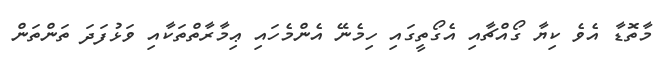
މާތޮޑާ އެވެ ކިޔާ ގޯއްޗާއި އެގޯތީގައި ހިމެނޭ އެންމެހައި ޢިމާރާތްތަކާއި ވަޅުފަދަ ތަންތަން